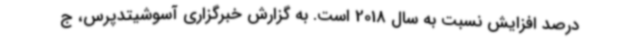
درصد افزایش نسبت به سال 2018 است. به گزارش خبرگزاری آسوشیتدپرس، ج